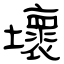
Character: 壞